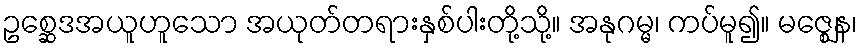
ဥစ္ဆေဒအယူဟူသော အယုတ်တရားနှစ်ပါးတို့သို့။ အနုဂမ္မ၊ ကပ်မူ၍။ မဇ္ဈေန၊